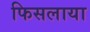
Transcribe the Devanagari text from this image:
फिसलाया